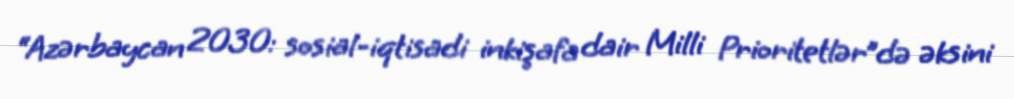
“Azərbaycan 2030: sosial-iqtisadi inkişafa dair Milli Prioritetlər”də əksini